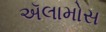
ઍલામોસ